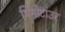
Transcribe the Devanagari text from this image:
मिनोटाउर